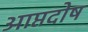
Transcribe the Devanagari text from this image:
आप्तदोष